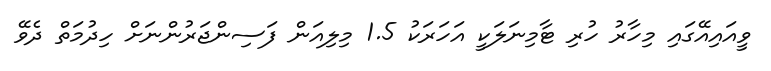
ވީއައިއޭގައި މިހާރު ހުރި ޓާމިނަލަކީ އަހަރަކު 1.5 މިލިއަން ފަސިންޖަރުންނަށް ހިދުމަތް ދެވޭ